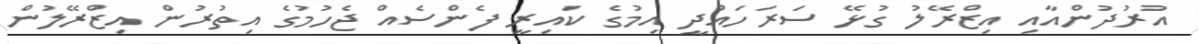
އުރުދުންއާއި އިޒްރޭލު ގުޅޭ ސަރަހައްދީ އިމުގެ ކައިރީ ފެންސެއް ޖެހުމުގެ އިތުރުން އިޒްރޭލުން